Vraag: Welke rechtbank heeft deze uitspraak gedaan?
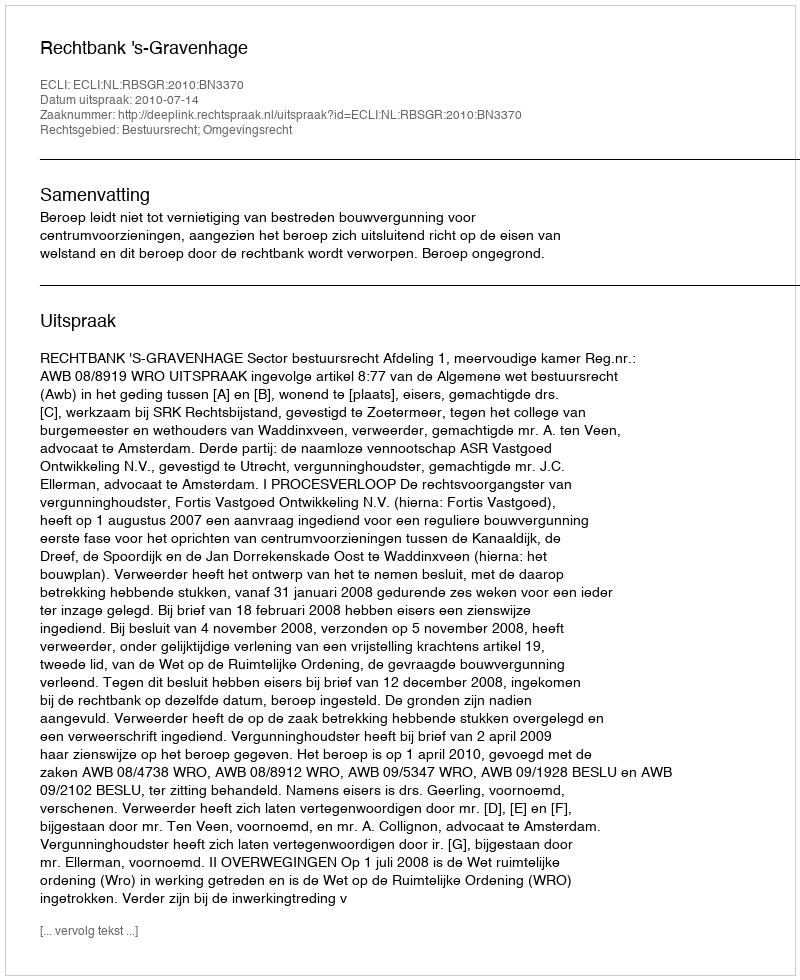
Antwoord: Rechtbank 's-Gravenhage